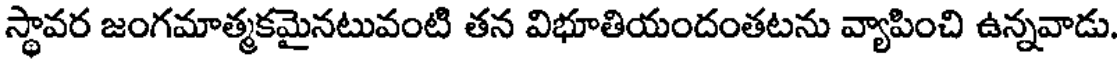
స్థావర జంగమాత్మకమైనటువంటి తన విభూతియందంతటను వ్యాపించి ఉన్నవాడు.